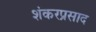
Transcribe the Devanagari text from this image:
शंकरप्रसाद